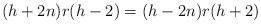
LaTeX: \begin{align*} (h+2n)r(h-2)=(h-2n)r(h+2)\end{align*}